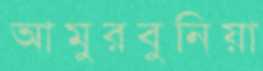
আমুরবুনিয়া